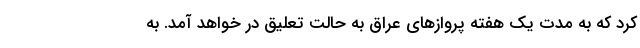
کرد که به مدت یک هفته پروازهای عراق به حالت تعلیق در خواهد آمد. به